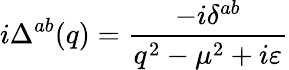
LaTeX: i\Delta^{ab}(q)=\frac{-i\delta^{ab}}{q^{2}-\mu^{2}+i\varepsilon}